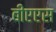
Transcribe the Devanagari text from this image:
बीएएस